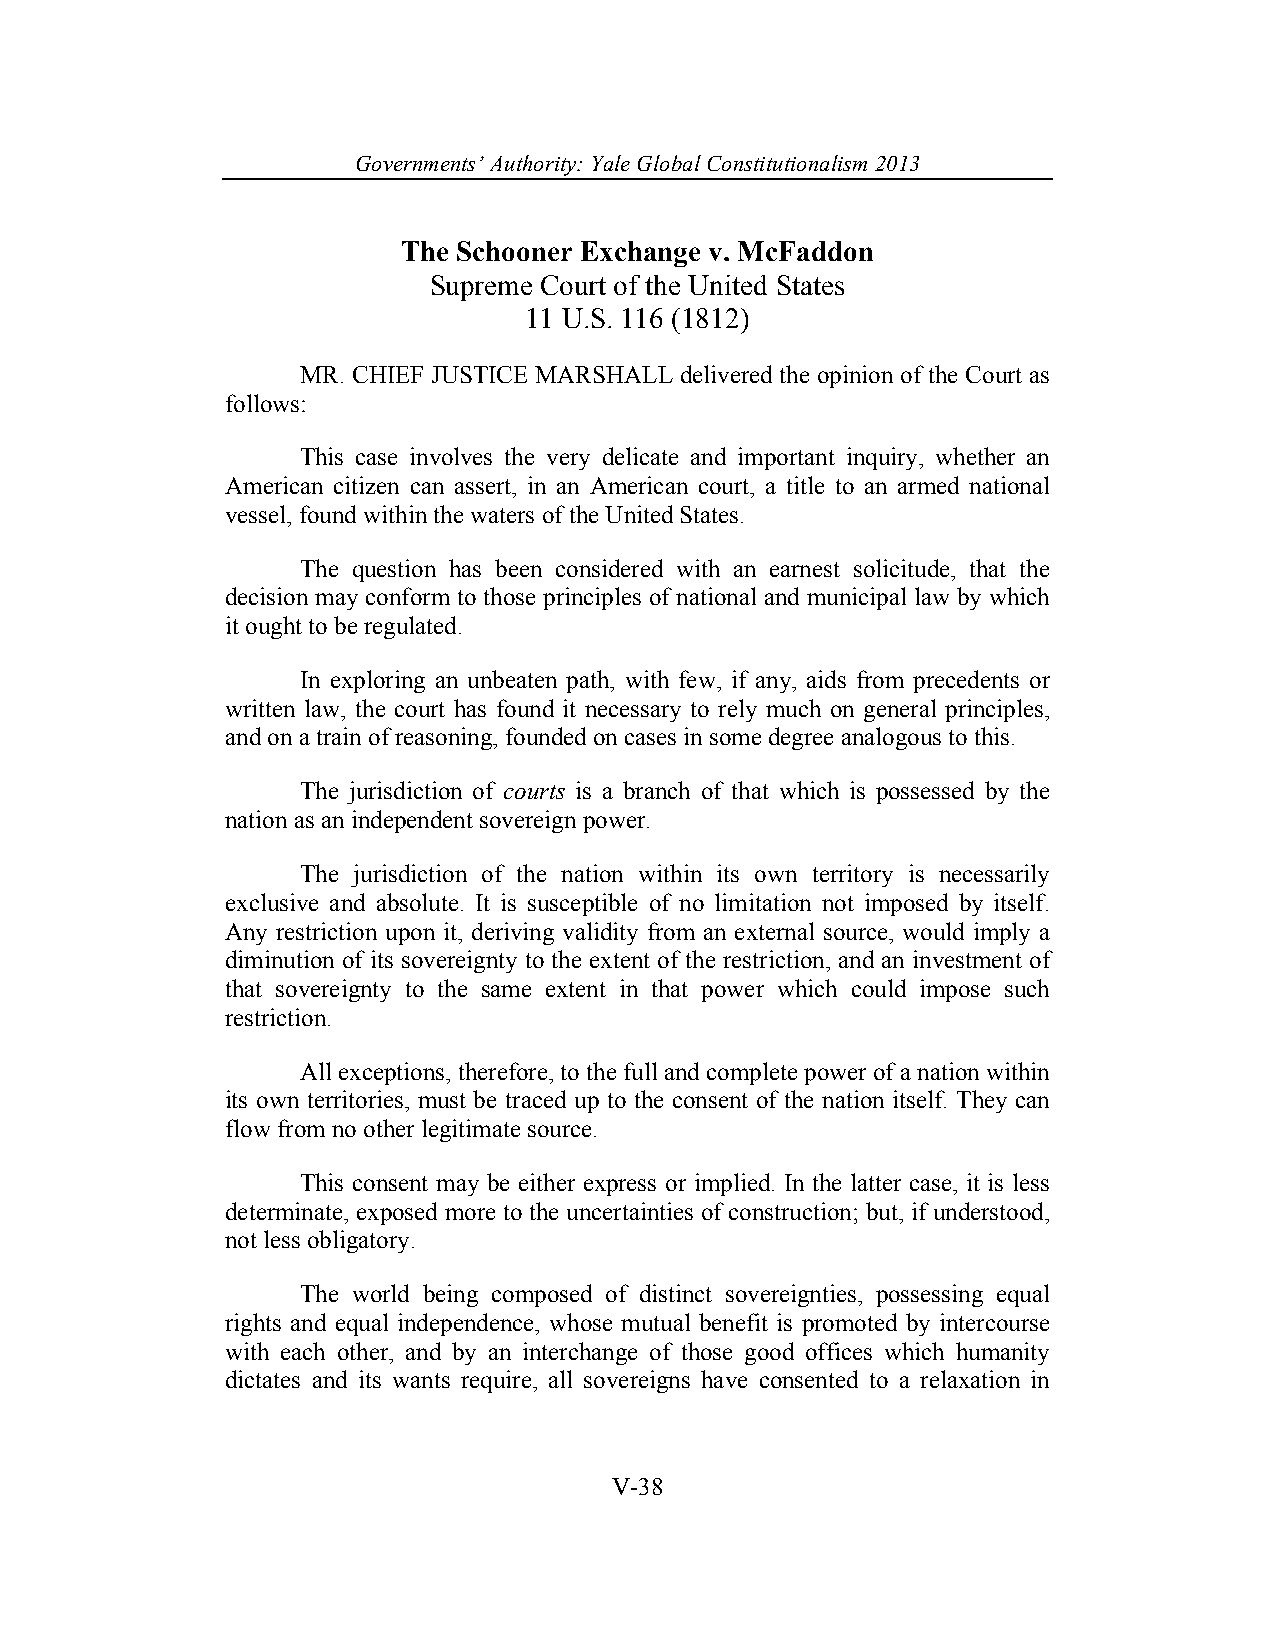
Governments’ Authority: Yale Global Constitutionalism 2013
 The Schooner Exchange v. McFaddon
 Supreme Court of the United States
 11 U.S. 116 (1812)
 MR. CHIEF JUSTICE MARSHALL delivered the opinion of the Court as
 follows:
 This case involves the very delicate and important inquiry, whether an
 American citizen can assert, in an American court, a title to an armed national
 vessel, found within the waters of the United States.
 The question has been considered with an earnest solicitude, that the
 decision may conform to those principles of national and municipal law by which
 it ought to be regulated.
 In exploring an unbeaten path, with few, if any, aids from precedents or
 written law, the court has found it necessary to rely much on general principles,
 and on a train of reasoning, founded on cases in some degree analogous to this.
 The jurisdiction of courts is a branch of that which is possessed by the
 nation as an independent sovereign power.
 The jurisdiction of the nation within its own territory is necessarily
 exclusive and absolute. It is susceptible of no limitation not imposed by itself.
 Any restriction upon it, deriving validity from an external source, would imply a
 diminution of its sovereignty to the extent of the restriction, and an investment of
 that sovereignty to the same extent in that power which could impose such
 restriction.
 All exceptions, therefore, to the full and complete power of a nation within
 its own territories, must be traced up to the consent of the nation itself. They can
 flow from no other legitimate source.
 This consent may be either express or implied. In the latter case, it is less
 determinate, exposed more to the uncertainties of construction; but, if understood,
 not less obligatory.
 The world being composed of distinct sovereignties, possessing equal
 rights and equal independence, whose mutual benefit is promoted by intercourse
 with each other, and by an interchange of those good offices which humanity
 dictates and its wants require, all sovereigns have consented to a relaxation in
 V-38